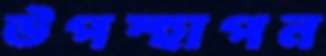
উপস্হাপন